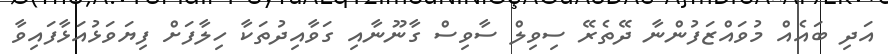
އަދި ބައެއް މުވައްޒަފުންނާ ދޭތެރޭ ސިވިލް ސާވިސް ގާނޫނާއި ގަވާއިދުތަކާ ހިލާފަށް ފިޔަވަޅުއަޅާފައިވާ